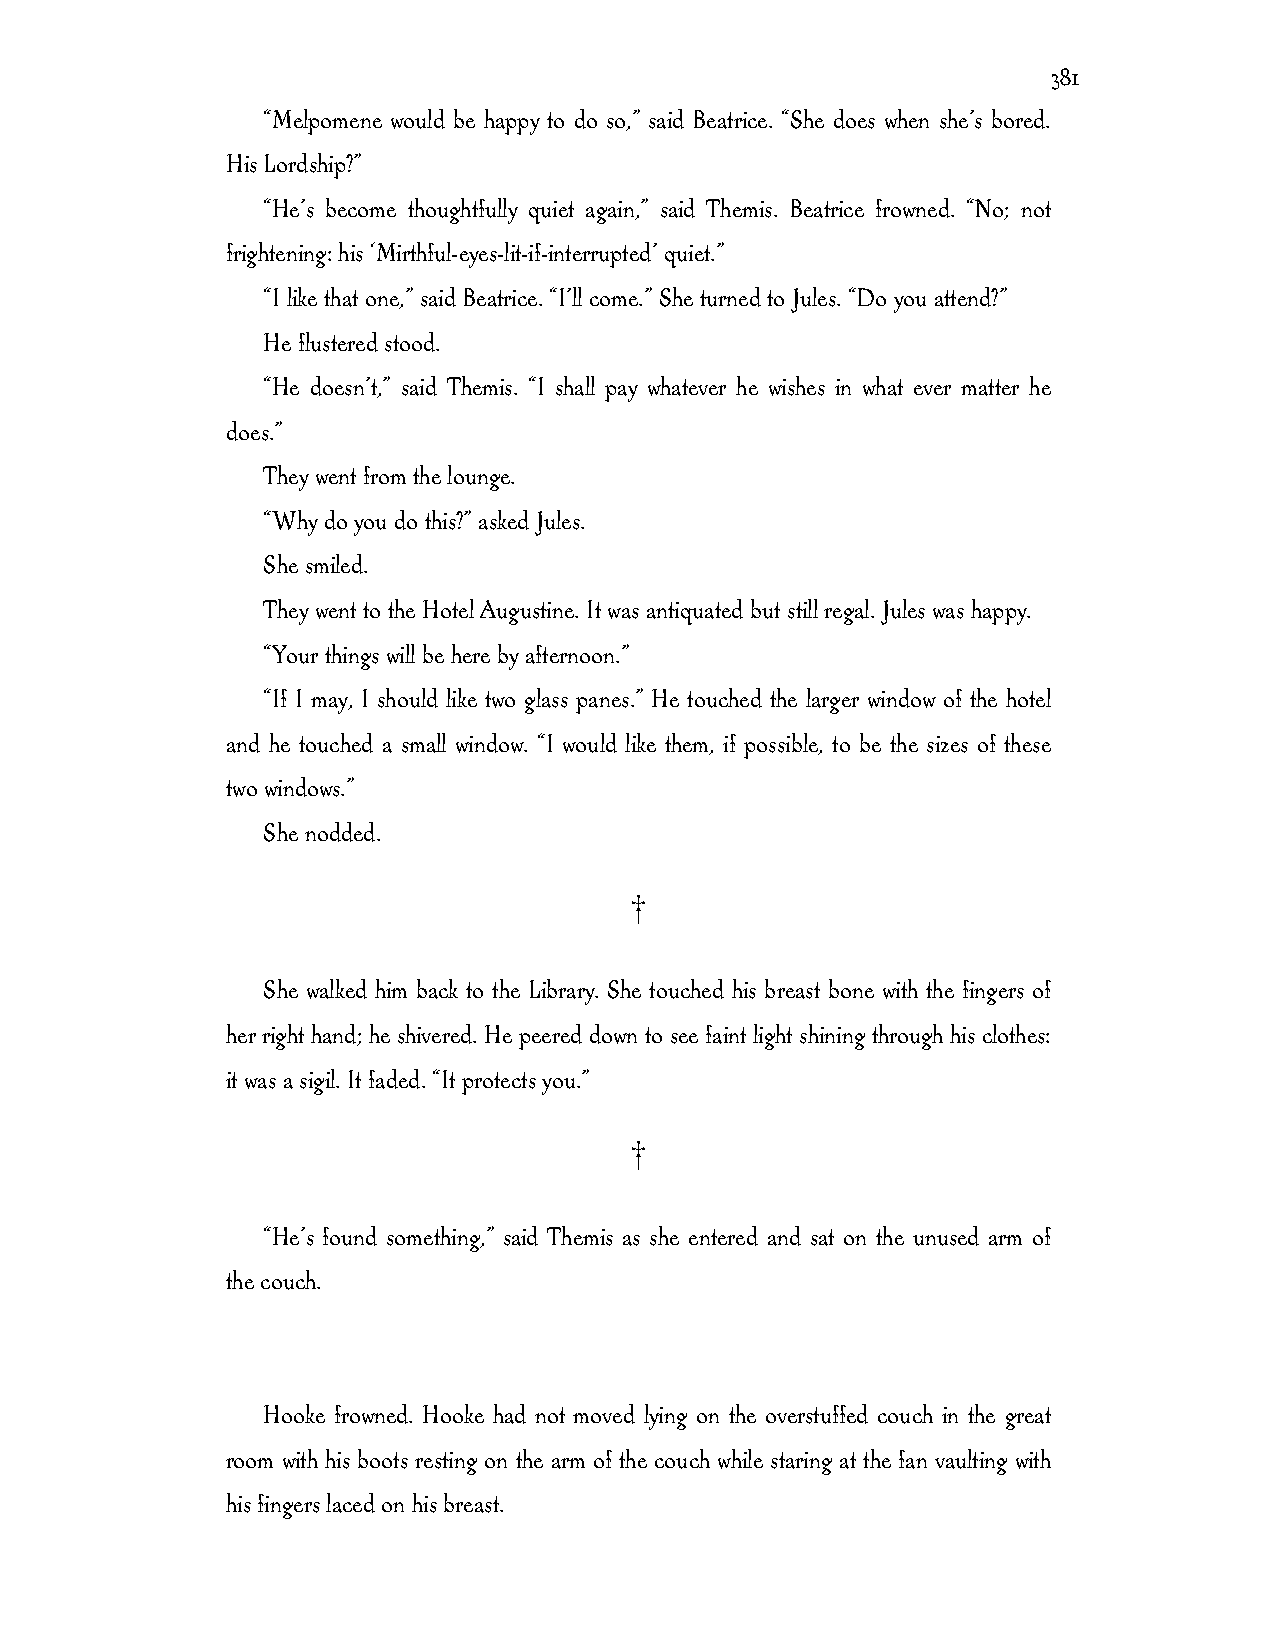
381
 “Melpomene would be happy to do so,” said Beatrice. “She does when she’s bored.
 His Lordship?”
 “He’s become thoughtfully quiet again,” said Themis. Beatrice frowned. “No; not
 frightening: his ‘Mirthful-eyes-lit-if-interrupted’ quiet.”
 “I like that one,” said Beatrice. “I’ll come.” She turned to Jules. “Do you attend?”
 He flustered stood.
 “He doesn’t,” said Themis. “I shall pay whatever he wishes in what ever matter he
 does.”
 They went from the lounge.
 “Why do you do this?” asked Jules.
 She smiled.
 They went to the Hotel Augustine. It was antiquated but still regal. Jules was happy.
 “Your things will be here by afternoon.”
 “If I may, I should like two glass panes.” He touched the larger window of the hotel
 and he touched a small window. “I would like them, if possible, to be the sizes of these
 two windows.”
 She nodded.
 †
 She walked him back to the Library. She touched his breast bone with the fingers of
 her right hand; he shivered. He peered down to see faint light shining through his clothes:
 it was a sigil. It faded. “It protects you.”
 †
 “He’s found something,” said Themis as she entered and sat on the unused arm of
 the couch.
 Hooke frowned. Hooke had not moved lying on the overstuffed couch in the great
 room with his boots resting on the arm of the couch while staring at the fan vaulting with
 his fingers laced on his breast.